Mental hospitals Bombay report 1929-33 - 1929-1933
Year: 1929
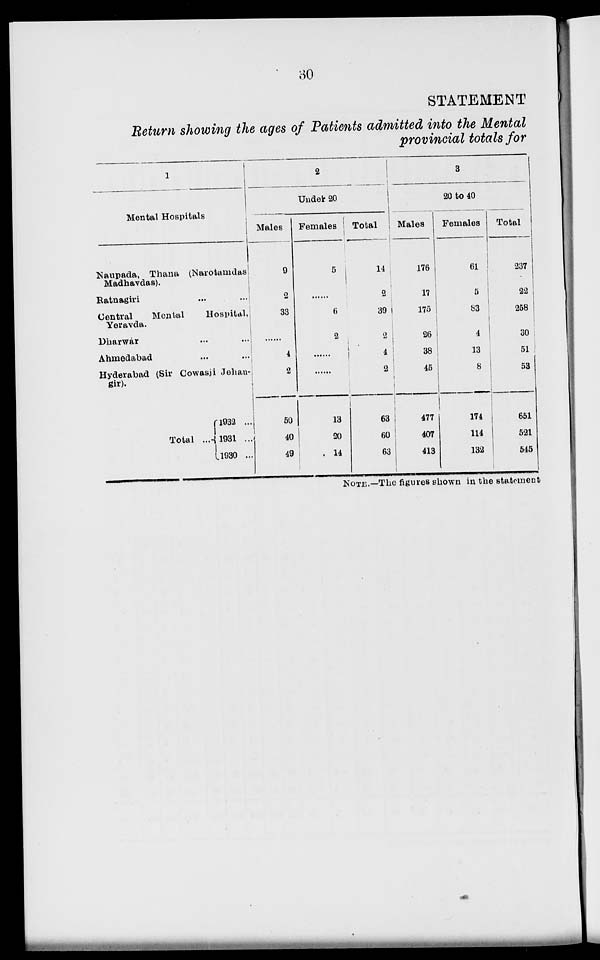
30
STATEMENT
Return showing the ages of Patients admitted into the Mental
provincial totals for
1
Mental Hospitals
Naupada, Thaua (Narotarndas
Madhavdas).
Ratnagiri ... ...
Central
Mental
Hospital,
Yeravda.
Dharwar ... ...
Ahmedabad ... ...
Hyderabad (Sir Cowasj Jehangir).
Total ...
1932 ...
1931 ...
1930 ...
2
Under 20
Males
9
2
33
......
1
2
50
40
49
Females
5
...
6
2
......
......
13
20
14
Total
14
2
39
2
4
2
63
60
63
3
20 to 40
Males
176
17
175
26
38
45
477
407
413
Females
61
5
83
4
13
8
174
114
132
Total
237
22
258
30
51
53
651
521
545
NOTE.-The figures shown in the statement